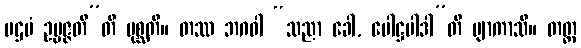
ပဌမံ ဥပ္ပဇ္ဇတီ”တိ ပုစ္ဆတိ။ တဿ ဘဂဝါ “သညာ ခေါ, ပေါဋ္ဌပါဒါ”တိ ဗျာကာသိ။ တတ္ထ